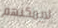
لايمكنهم